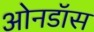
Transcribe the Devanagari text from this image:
ओनडॉस